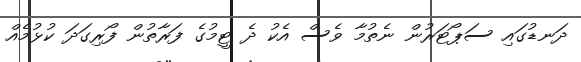
ދަނޑުގައި ސަޕޯޓަރުން ނެތުމާ ވެސް އެކު ދެ ޓީމުގެ ފަރާތުން ފޯރިގަދަ ކުޅުމެއް